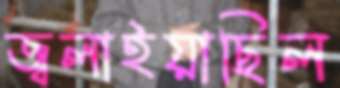
জ্বলাইয়াছিল